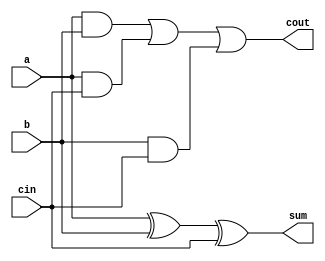
//Can perform only addition. No control bit for performing subtraction
module  full_adder_norm(sum,cout,a,b,cin);
	output sum,cout;
	input a,b,cin;
	assign sum = a^b^cin;
	assign cout = (a&b)|(a&cin)|(b&cin);
	//assign {cout,sum}=a+b+cin;
endmodule